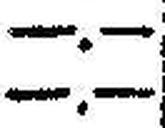
—.—